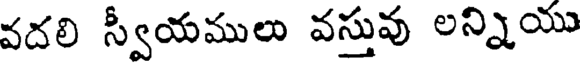
వదలి స్వీయములు వస్తువు లన్నియు